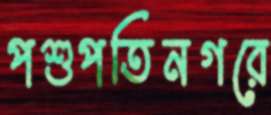
পশুপতিনগরে